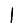
Digit: 1